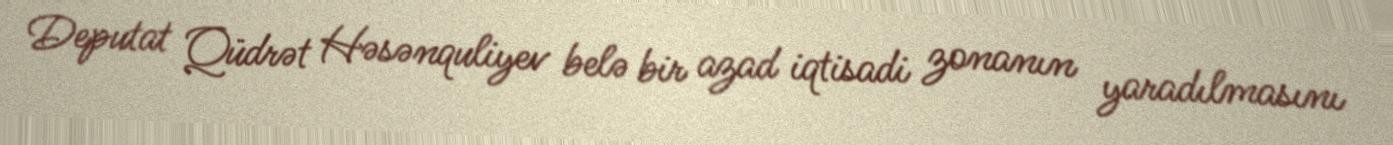
Deputat Qüdrət Həsənquliyev belə bir azad iqtisadi zonanın yaradılmasını